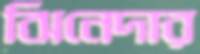
ঝিনেদার